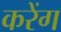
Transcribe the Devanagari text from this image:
करेंग